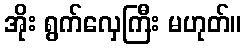
အိုး ရွက်လှေကြီး မဟုတ်။